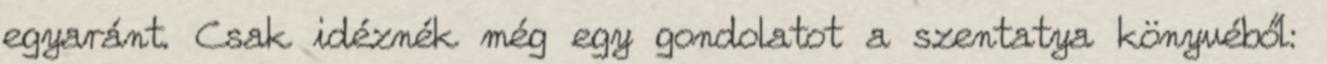
egyaránt. Csak idéznék még egy gondolatot a szentatya könyvéből: